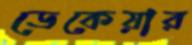
ডেকেয়ার